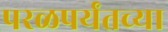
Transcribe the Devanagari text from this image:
परळपर्यंतच्या